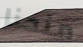
منحنا